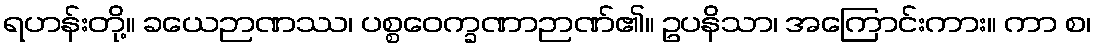
ရဟန်းတို့။ ခယေဉာဏဿ၊ ပစ္စဝေက္ခဏာဉာဏ်၏။ ဥပနိသာ၊ အကြောင်းကား။ ကာ စ၊